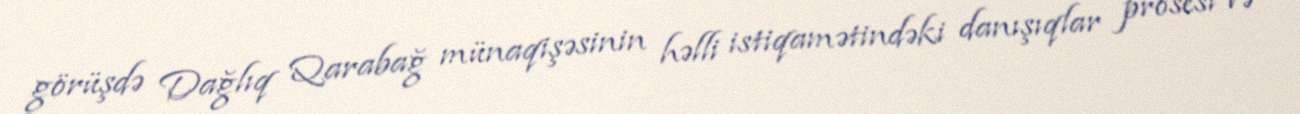
görüşdə Dağlıq Qarabağ münaqişəsinin həlli istiqamətindəki danışıqlar prosesi və